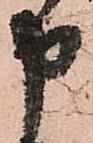
申